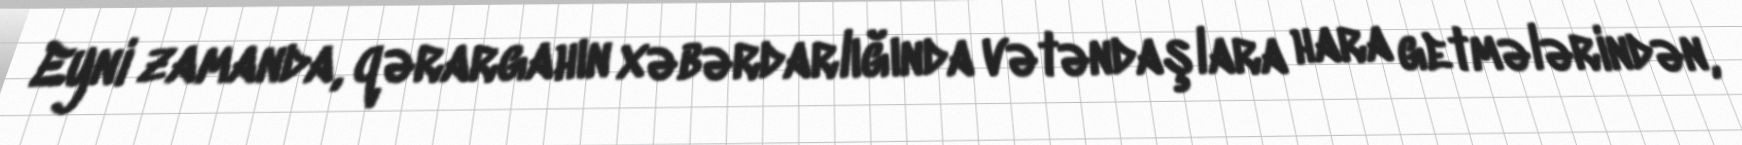
Eyni zamanda, qərargahın xəbərdarlığında vətəndaşlara hara getmələrindən,